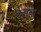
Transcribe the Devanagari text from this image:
गेनोया